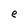
Character: e